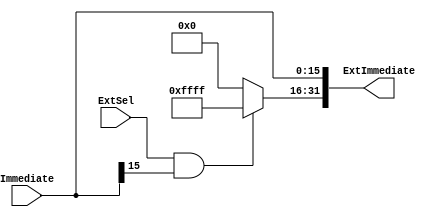
`timescale 1ns / 1ps

module Extend(
  input [15:0] Immediate,
  input ExtSel,
  output [31:0] ExtImmediate
);

  assign ExtImmediate[15:0] = Immediate[15:0];
  assign ExtImmediate[31:16] = ExtSel == 1 && Immediate[15] == 1 ? 16'hFFFF : 16'h0000;

endmodule